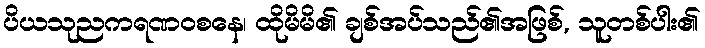
ပိယသုညကရဏဝစနေ၊ ထိုမိမိ၏ ချစ်အပ်သည်၏အဖြစ်, သူတစ်ပါး၏